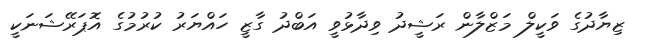
ޒިޔާދުގެ ވަކީލް މަޒްލާން ރަޝީދު ވިދާޅުވީ އަބްދު ގާޒީ ހައްޔަރު ކުރުމުގެ އޮޕަރޭޝަނަކީ